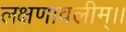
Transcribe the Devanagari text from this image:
लक्षणावलीम्।।